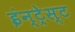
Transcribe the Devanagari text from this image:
इंन्ट्रेस्ट